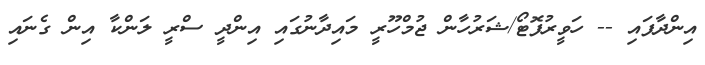
އިންދާފައި -- ހަވީރުފޮޓޯ/ޝަރުހާން ޖުމްހޫރީ މައިދާނުގައި އިންދީ ސްރީ ލަންކާ އިން ގެނައި